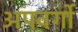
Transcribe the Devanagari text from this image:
अपवर्गो